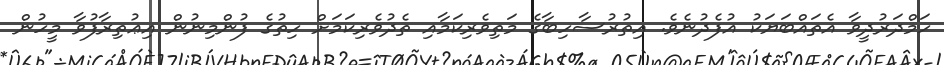
ހަމްދަރުދީވާ އެތައްބަޔަކު އުފެދުނެވެ. އިތުރުސާހިބާގެ މަތިވެރިކަމާއި ތެދުވެރިކަމަށް ހިތުގެ ފުންމިނުން އިޢުތިރާފުވާ މީހުން